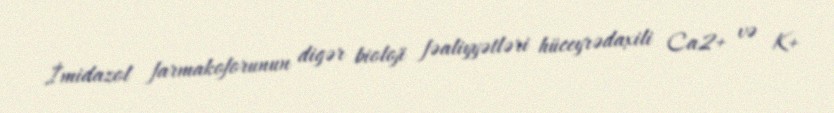
İmidazol farmakoforunun digər bioloji fəaliyyətləri hüceyrədaxili Ca2+ və K+